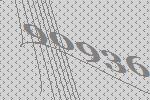
90936